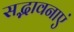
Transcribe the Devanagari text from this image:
सद्भावनाएं